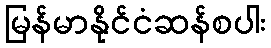
မြန်မာနိုင်ငံဆန်စပါး